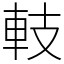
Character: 䡋